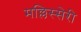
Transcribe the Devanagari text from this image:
मल्लिस्सेरी